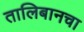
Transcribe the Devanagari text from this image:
तालिबानचा